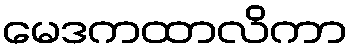
မေဒကထာလိကာ